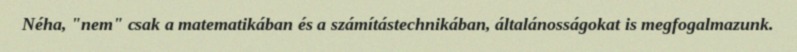
Néha, "nem" csak a matematikában és a számítástechnikában, általánosságokat is megfogalmazunk.